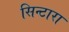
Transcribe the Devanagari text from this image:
सिन्टारा